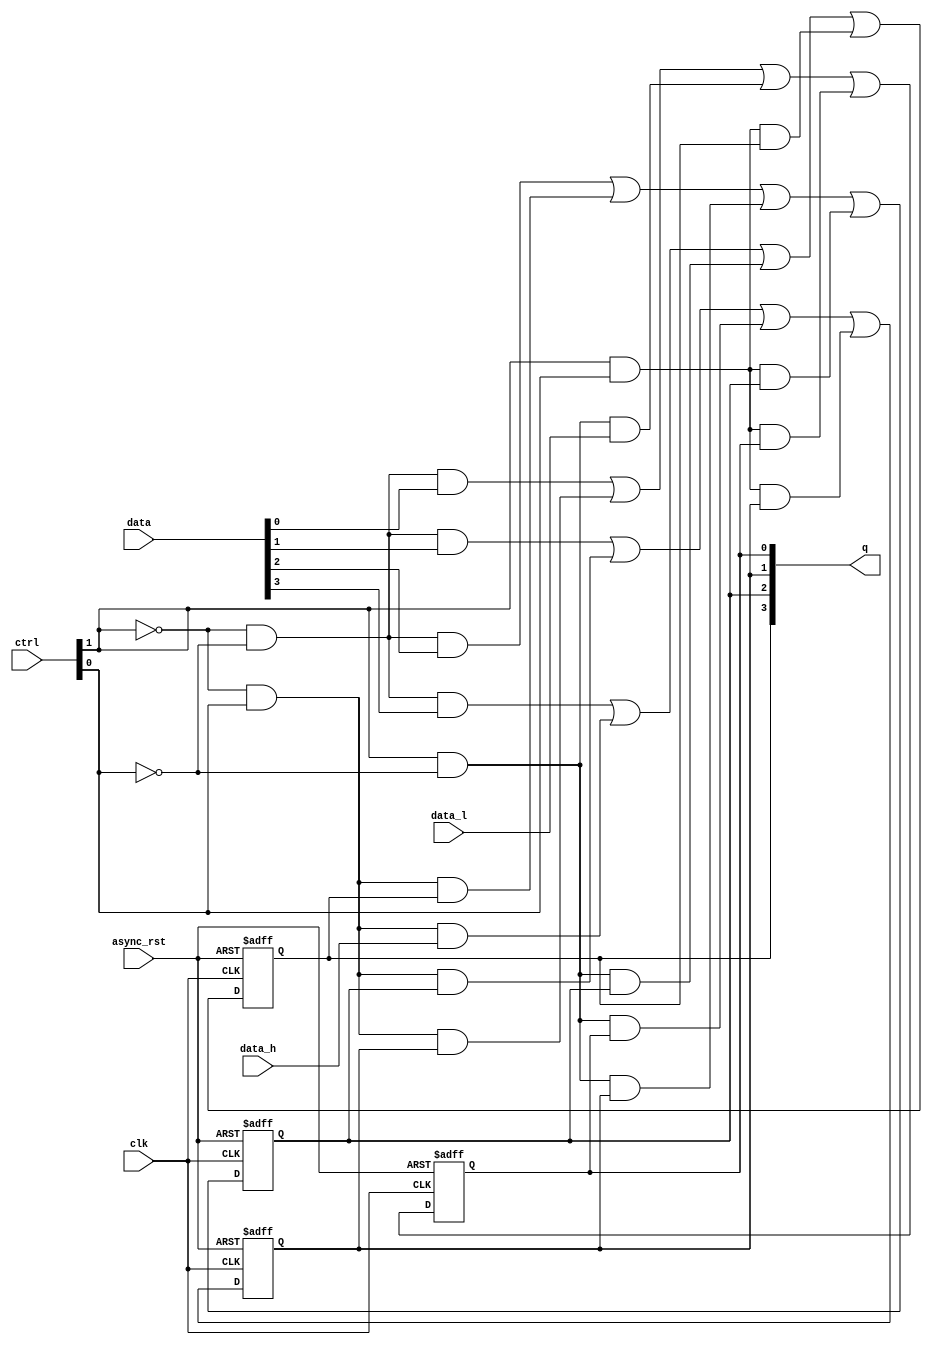
`timescale 1ns/1ps

module univ_shift_reg
    #(parameter DW=4)
    (
    input wire clk,
    input wire async_rst,
    input wire [1:0] ctrl,
    input wire [DW-1:0] data,
    input wire data_l,
    input wire data_h,
    output reg [DW-1:0] q
    );

    // bit 0
    always @(posedge clk or posedge async_rst)
        if(async_rst)
            q[0]<=0;
        else
            q[0]<=  (~ctrl[1])&(~ctrl[0])&data[0]|
                    (~ctrl[1])&( ctrl[0])&q[1]|
                    ( ctrl[1])&(~ctrl[0])&data_l|
                    ( ctrl[1])&( ctrl[0])&q[0];


    // bit [DW-2:1]
    genvar i;
    generate
        for(i=1;i<DW-1;i=i+1)
            begin:dff_array
                always @(posedge clk or posedge async_rst)
                    if(async_rst)
                        q[i]<=0;
                    else
                        q[i]<=  (~ctrl[1])&(~ctrl[0])&data[i]|
                                (~ctrl[1])&( ctrl[0])&q[i+1]|
                                ( ctrl[1])&(~ctrl[0])&q[i-1]|
                                ( ctrl[1])&( ctrl[0])&q[i];
            end
    endgenerate

    // bit DW-1
    always @(posedge clk or posedge async_rst)
        if(async_rst)
            q[DW-1]<=0;
        else
            q[DW-1]<=   (~ctrl[1])&(~ctrl[0])&data[DW-1]|
                        (~ctrl[1])&( ctrl[0])&data_h|
                        ( ctrl[1])&(~ctrl[0])&q[DW-2]|
                        ( ctrl[1])&( ctrl[0])&q[DW-1];
endmodule